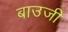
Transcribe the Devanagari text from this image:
बाउजी